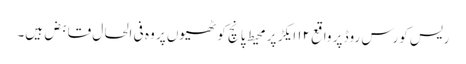
ریس کورس روڈ پر واقع ۱۲ ایکڑ پر محیط پانچ کوٹھیوں پر وہ فی الحال قابض ہیں۔